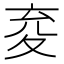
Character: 𭐤